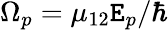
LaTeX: {\Omega_{p}}={\mu_{12}}{\mathtt{E}_{p}}/\hbar